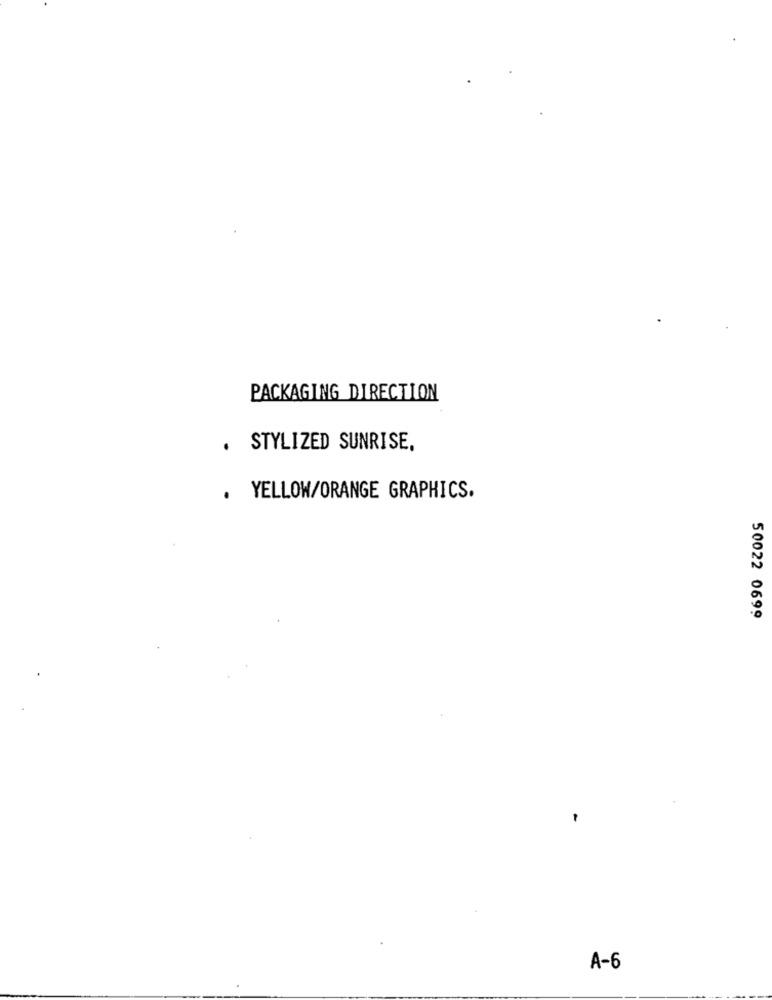
PACKAGING DIRECTION
.
STYLIZED SUNRISE,
. YELLOW/ORANGE GRAPHICS.
50022 0699
A-6